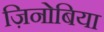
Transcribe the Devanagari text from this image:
ज़िनोबिया